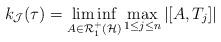
LaTeX: \begin{align*}k_{\mathcal J}(\tau) = \liminf_{A \in {\mathcal R}^+_1({\mathcal H})} \max_{1 \le j \le n} |[A,T_j]|\end{align*}